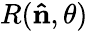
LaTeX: R(\mathbf{\hat{n}},\theta)